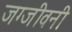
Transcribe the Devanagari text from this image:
जग्जीवनी